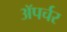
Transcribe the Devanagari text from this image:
ॲपर्चर